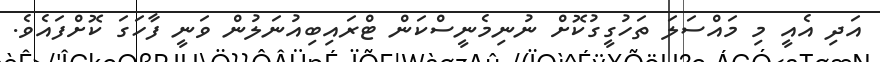
އަދި އެއީ މި މައްސަލަ ތަހުގީގުކޮށް ނުނިމެނީސްކަން ޓްރައިބިއުނަލުން ވަނީ ފާހަގަ ކޮށްފައެވެ.